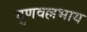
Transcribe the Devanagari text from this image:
गुणवल्लभाय